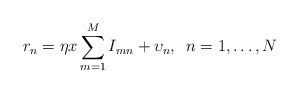
\begin{align*}{{r}_{n}}=\eta x\sum\limits_{m=1}^{M}{{{I}_{mn}}}+{{\upsilon }_{n}},\,\,\,n=1,\ldots ,N\end{align*}